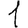
Digit: 1